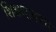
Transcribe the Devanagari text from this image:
शिक्षणावरच